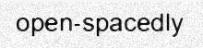
open-spacedly